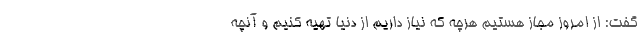
گفت: از امروز مجاز هستیم هرچه که نیاز داریم از دنیا تهیه کنیم و آنچه